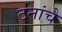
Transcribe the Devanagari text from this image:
टनांचे